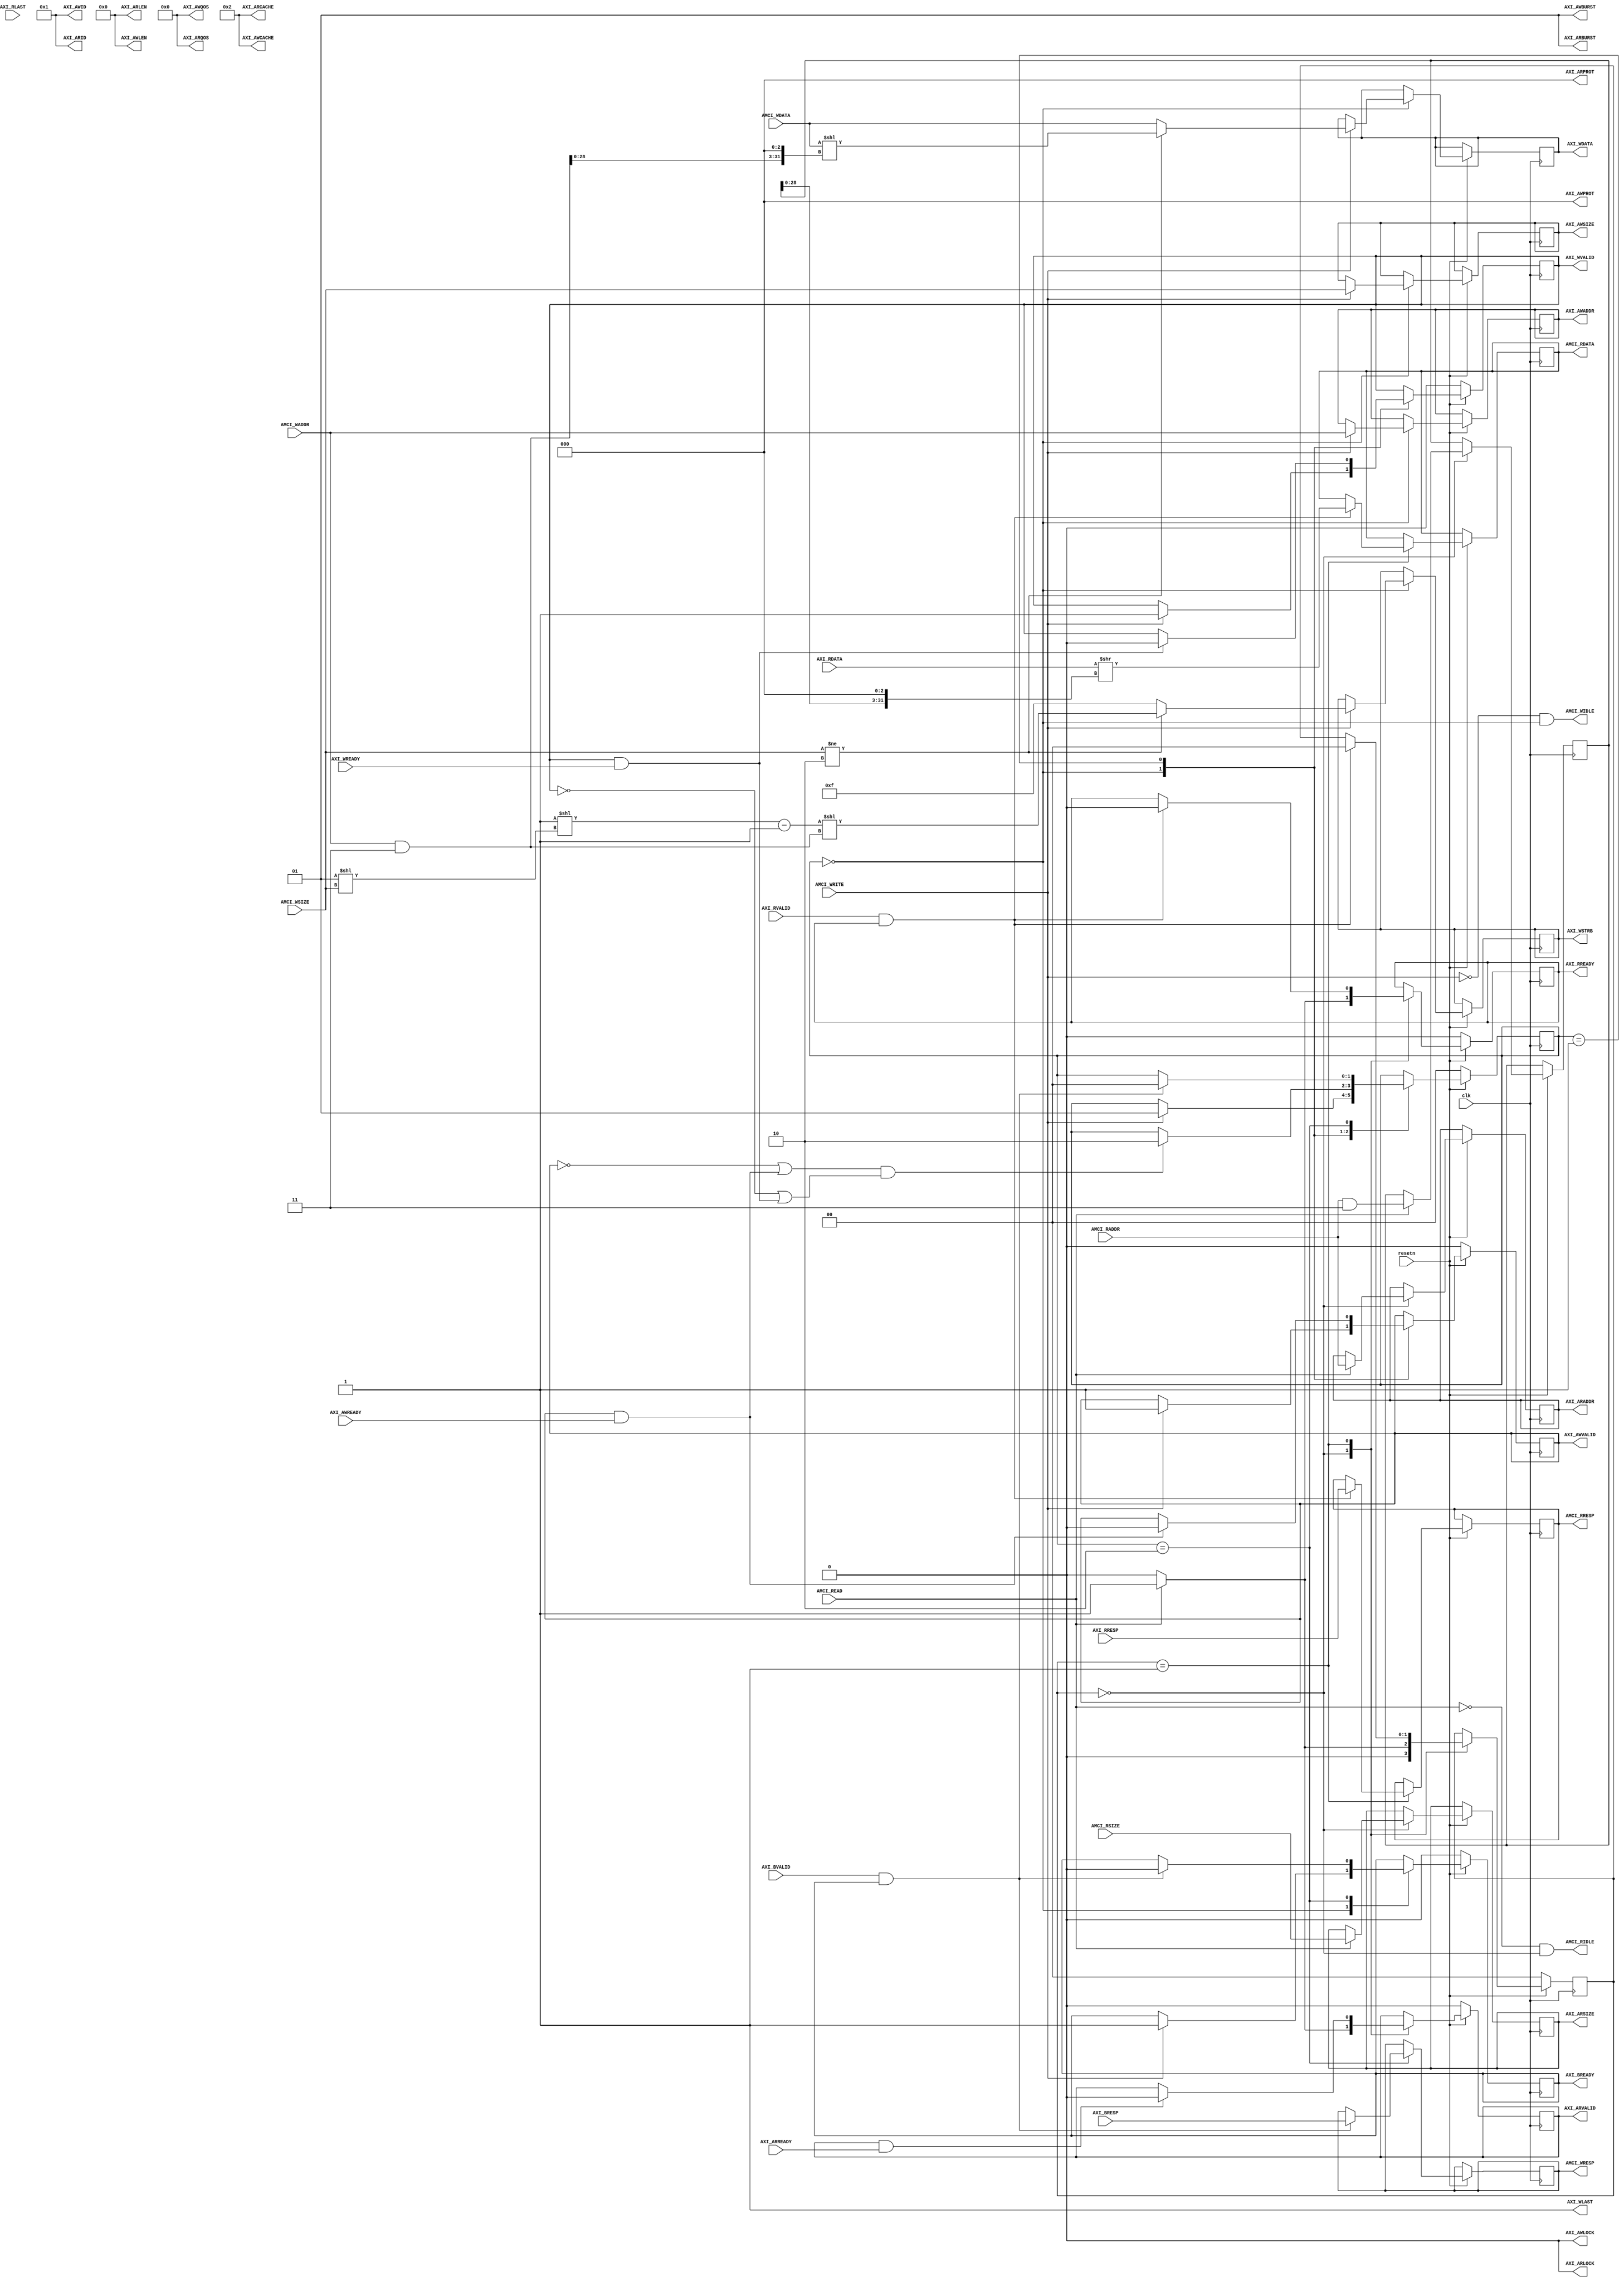
`timescale 1ns / 1ps

//<><><><><><><><><><><><><><><><><><><><><><><><><><><><><><><><><><><><><><><><><><>
//               This RTL core is a fully-functional AXI4-Master
//<><><><><><><><><><><><><><><><><><><><><><><><><><><><><><><><><><><><><><><><><><>

//====================================================================================
//                        ------->  Revision History  <------
//====================================================================================
//
//   Date     Who   Ver  Changes
//====================================================================================
// 10-May-22  DWW  1000  Initial creation
//
// 17-Aug-22  DWW  1001  Partial rewrite to support narrow reads and writes
//====================================================================================


module axi4_noburst_master#
(
    parameter integer AXI_DATA_WIDTH = 32,
    parameter integer AXI_ADDR_WIDTH = 32
)
(

    input wire clk, resetn,


    //==================  The AXI Master Control Interface  ====================

    // AMCI signals for performing AXI writes
    input[AXI_ADDR_WIDTH-1:0]      AMCI_WADDR,
    input[AXI_DATA_WIDTH-1:0]      AMCI_WDATA,
    input[2:0]                     AMCI_WSIZE,
    input                          AMCI_WRITE,
    output reg[1:0]                AMCI_WRESP,
    output                         AMCI_WIDLE,
    
    // AMCI signals for performing AXI reads
    input[AXI_ADDR_WIDTH-1:0]      AMCI_RADDR,
    input[2:0]                     AMCI_RSIZE,
    input                          AMCI_READ,
    output reg[AXI_DATA_WIDTH-1:0] AMCI_RDATA,
    output reg[1:0]                AMCI_RRESP,
    output                         AMCI_RIDLE,

    //==========================================================================


    //======================  An AXI Master Interface  =========================

    // "Specify write address"          -- Master --    -- Slave --
    output reg [AXI_ADDR_WIDTH-1:0]     AXI_AWADDR,   
    output reg                          AXI_AWVALID,  
    output     [2:0]                    AXI_AWPROT,
    output     [3:0]                    AXI_AWID,
    output     [7:0]                    AXI_AWLEN,
    output reg [2:0]                    AXI_AWSIZE,
    output     [1:0]                    AXI_AWBURST,
    output                              AXI_AWLOCK,
    output     [3:0]                    AXI_AWCACHE,
    output     [3:0]                    AXI_AWQOS,
    input                                               AXI_AWREADY,


    // "Write Data"                     -- Master --    -- Slave --
    output reg [AXI_DATA_WIDTH-1:0]     AXI_WDATA,      
    output reg                          AXI_WVALID,
    output reg [(AXI_DATA_WIDTH/8)-1:0] AXI_WSTRB,
    output                              AXI_WLAST,
    input                                               AXI_WREADY,


    // "Send Write Response"            -- Master --    -- Slave --
    input      [1:0]                                    AXI_BRESP,
    input                                               AXI_BVALID,
    output reg                          AXI_BREADY,

    // "Specify read address"           -- Master --    -- Slave --
    output reg [AXI_ADDR_WIDTH-1:0]     AXI_ARADDR,     
    output reg                          AXI_ARVALID,
    output     [2:0]                    AXI_ARPROT,     
    output                              AXI_ARLOCK,
    output     [3:0]                    AXI_ARID,
    output     [7:0]                    AXI_ARLEN,
    output reg [2:0]                    AXI_ARSIZE,
    output     [1:0]                    AXI_ARBURST,
    output     [3:0]                    AXI_ARCACHE,
    output     [3:0]                    AXI_ARQOS,
    input                                               AXI_ARREADY,

    // "Read data back to master"       -- Master --    -- Slave --
    input [AXI_DATA_WIDTH-1:0]                          AXI_RDATA,
    input                                               AXI_RVALID,
    input [1:0]                                         AXI_RRESP,
    input                                               AXI_RLAST,
    output reg                          AXI_RREADY
    //==========================================================================

);
    localparam AXI_SIZE_WIDTH        = 3;
    localparam AXI_RESP_WIDTH        = 2;
    localparam AXI_DATA_BYTES        = (AXI_DATA_WIDTH/8);
    localparam AXI_STRB_WIDTH        = AXI_DATA_BYTES;
    localparam[AXI_STRB_WIDTH:0] ONE = 1;

    // Assign all of the "write transaction" signals that are constant
    assign AXI_AWID    = 1;   // Arbitrary ID
    assign AXI_AWLEN   = 0;   // Burst length of 1
    assign AXI_AWBURST = 1;   // Each beat of the burst increments by 1 address (ignored)
    assign AXI_AWLOCK  = 0;   // Normal signaling
    assign AXI_AWCACHE = 2;   // Normal, no cache, no buffer
    assign AXI_AWQOS   = 0;   // Lowest quality of service, unused
    assign AXI_AWPROT  = 0;   // Normal
    assign AXI_WLAST   = 1;   // Each beat is always the last beat of the burst

    // Assign all of the "read transaction" signals that are constant
    assign AXI_ARLOCK  = 0;   // Normal signaling
    assign AXI_ARID    = 1;   // Arbitrary ID
    assign AXI_ARLEN   = 0;   // Burst length of 1
    assign AXI_ARBURST = 1;   // Increment address on each beat of the burst (unused)
    assign AXI_ARCACHE = 2;   // Normal, no cache, no buffer
    assign AXI_ARQOS   = 0;   // Lowest quality of service (unused)
    assign AXI_ARPROT  = 0;   // Normal

 
    // Define the handshakes for all 5 AXI channels
    wire B_HANDSHAKE  = AXI_BVALID  & AXI_BREADY;
    wire R_HANDSHAKE  = AXI_RVALID  & AXI_RREADY;
    wire W_HANDSHAKE  = AXI_WVALID  & AXI_WREADY;
    wire AR_HANDSHAKE = AXI_ARVALID & AXI_ARREADY;
    wire AW_HANDSHAKE = AXI_AWVALID & AXI_AWREADY;

    // This mask, anded with an address, will give the byte-offset-from-aligned of that address
    wire[15:0] ADDR_OFFSET_MASK = (1 << $clog2(AXI_DATA_BYTES)) - 1;

    // These are the state variables for the read and write state machines
    reg[1:0] write_state, read_state;

    // The "state machine is idle" signals for the two AMCI interfaces
    assign AMCI_WIDLE = (AMCI_WRITE == 0) && (write_state == 0);
    assign AMCI_RIDLE = (AMCI_READ  == 0) && ( read_state == 0);

    //=========================================================================================================
    // FSM logic used for writing to the slave device.
    //
    //  To start:   AMCI_WADDR = Address to write to
    //              AMCI_WDATA = Data to write 
    //              AMCI_WSIZE = Log2 of the data-width in bytes
    //              AMCI_WRITE = Pulsed high for one cycle
    //
    //  At end:     Write is complete when "AMCI_WIDLE" goes high
    //              AMCI_WRESP = AXI_BRESP "write response" signal from slave
    //=========================================================================================================
    // This is the offset (in bytes) of AMCI_WADDR from being a fully aligned address
    wire[AXI_ADDR_WIDTH-1:0] waddr_offset = AMCI_WADDR & ADDR_OFFSET_MASK;
    //=========================================================================================================
     
    always @(posedge clk) begin

        // If we're in RESET mode...
        if (resetn == 0) begin
            write_state <= 0;
            AXI_AWVALID <= 0;
            AXI_WVALID  <= 0;
            AXI_BREADY  <= 0;
        end        
        
        // Otherwise, we're not in RESET and our state machine is running
        else case (write_state)
            
            // Here we're idle, waiting for someone to raise the 'AMCI_WRITE' flag.  Once that happens,
            // we'll place the user specified address and data onto the AXI bus, along with the flags that
            // indicate that the address and data values are valid
            0:  if (AMCI_WRITE) begin
                    AXI_AWADDR <= AMCI_WADDR;  // Place our address onto the bus
                    AXI_AWSIZE <= AMCI_WSIZE;  // Place the data-width onto the bus
    
                    // Assume for a moment that we have a full-width data
                    AXI_WSTRB <= -1;
                    AXI_WDATA <= AMCI_WDATA;

                    // If we <don't> have a full width data:
                    //    shift WSTRB up by "waddr_offset" bits
                    //    shift WDATA up by "waddr_offset" bytes
                    if (AMCI_WSIZE != $clog2(AXI_DATA_BYTES))  begin
                        AXI_WSTRB <= (( ONE << (1 << AMCI_WSIZE))-1) << waddr_offset;
                        AXI_WDATA <= AMCI_WDATA << (waddr_offset << 3);
                    end

                    AXI_AWVALID <= 1;     // Indicate that the address is valid
                    AXI_WVALID  <= 1;     // Indicate that the data is valid
                    AXI_BREADY  <= 1;     // Indicate that we're ready for the slave to respond
                    write_state <= 1;     // On the next clock cycle, we'll be in the next state
                end
                
           // Here, we're waiting around for the slave to acknowledge our request by asserting AXI_AWREADY
           // and AXI_WREADY.  Once that happens, we'll de-assert the "valid" lines.  Keep in mind that we
           // don't know what order AWREADY and WREADY will come in, and they could both come at the same
           // time.      
           1:   begin   
                    // Keep track of whether we have seen the slave raise AWREADY or WREADY
                    if (AW_HANDSHAKE) AXI_AWVALID <= 0;
                    if (W_HANDSHAKE ) AXI_WVALID  <= 0;

                    // If we've seen AWREADY (or if its raised now) and if we've seen WREADY (or if it's raised now)...
                    if ((~AXI_AWVALID || AW_HANDSHAKE) && (~AXI_WVALID || W_HANDSHAKE)) begin
                        write_state <= 2;
                    end
                end
                
           // Wait around for the slave to assert "AXI_BVALID".  
           2:   if (B_HANDSHAKE) begin
                    AMCI_WRESP  <= AXI_BRESP;
                    AXI_BREADY  <= 0;
                    write_state <= 0;
                end

        endcase
    end
    //=========================================================================================================





    //=========================================================================================================
    // FSM logic used for reading from a slave device.
    //
    //  To start: AMCI_RADDR = Address to read from
    //            AMCI_RSIZE = Log2 of the data-width in bytes
    //            AMCI_READ  = Pulsed high for one cycle
    //
    //  At end:   Read is complete when "AMCI_RIDLE" goes high.
    //            AMCI_RDATA = The data that was read
    //            AMCI_RRESP = The AXI "read response" that is used to indicate success or failure
    //=========================================================================================================
    // This is the offset (in bytes) of AXI_ARADDR from being a fully aligned address
    reg[AXI_ADDR_WIDTH-1:0] raddr_offset;
    //=========================================================================================================
    always @(posedge clk) begin
         
        if (resetn == 0) begin
            read_state  <= 0;
            AXI_ARVALID <= 0;
            AXI_RREADY  <= 0;
        end else case (read_state)

            // Here we are waiting around for someone to raise "AMCI_READ", which signals us to begin
            // a AXI read at the address specified in "AMCI_RADDR"
            0:  if (AMCI_READ) begin
                    raddr_offset <= AMCI_RADDR & ADDR_OFFSET_MASK;
                    AXI_ARADDR   <= AMCI_RADDR; 
                    AXI_ARSIZE   <= AMCI_RSIZE;
                    AXI_ARVALID  <= 1;
                    AXI_RREADY   <= 1;
                    read_state   <= 1;
                end else begin
                    AXI_ARVALID  <= 0;
                    AXI_RREADY   <= 0;
                    read_state   <= 0;
                end
            
            // Wait around for the slave to raise AXI_RVALID, which tells us that AXI_RDATA
            // contains the data we requested
            1:  begin
                    if (AR_HANDSHAKE) begin
                        AXI_ARVALID <= 0;
                    end

                    // If the slave has provided us the data we asked for...
                    if (R_HANDSHAKE) begin
                        
                        // Right justify that data into AMCI_RDATA 
                        AMCI_RDATA <= AXI_RDATA >> (raddr_offset << 3);
                        
                        // Save the read-response so our user can get it
                        AMCI_RRESP <= AXI_RRESP;
                        
                        // Lower the ready signal to make it obvious that we're done
                        AXI_RREADY <= 0;

                        // And go back to idle state
                        read_state <= 0;
                    end
                end

        endcase
    end
    //=========================================================================================================



endmodule